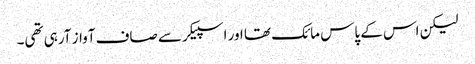
لیکن اس کے پاس مائک تھا اور اسپیکر سے صاف آواز آرہی تھی۔